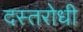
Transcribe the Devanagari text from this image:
दस्तरोधी